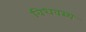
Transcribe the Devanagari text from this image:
विधवस्य